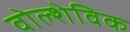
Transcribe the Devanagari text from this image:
वोल्शेविक